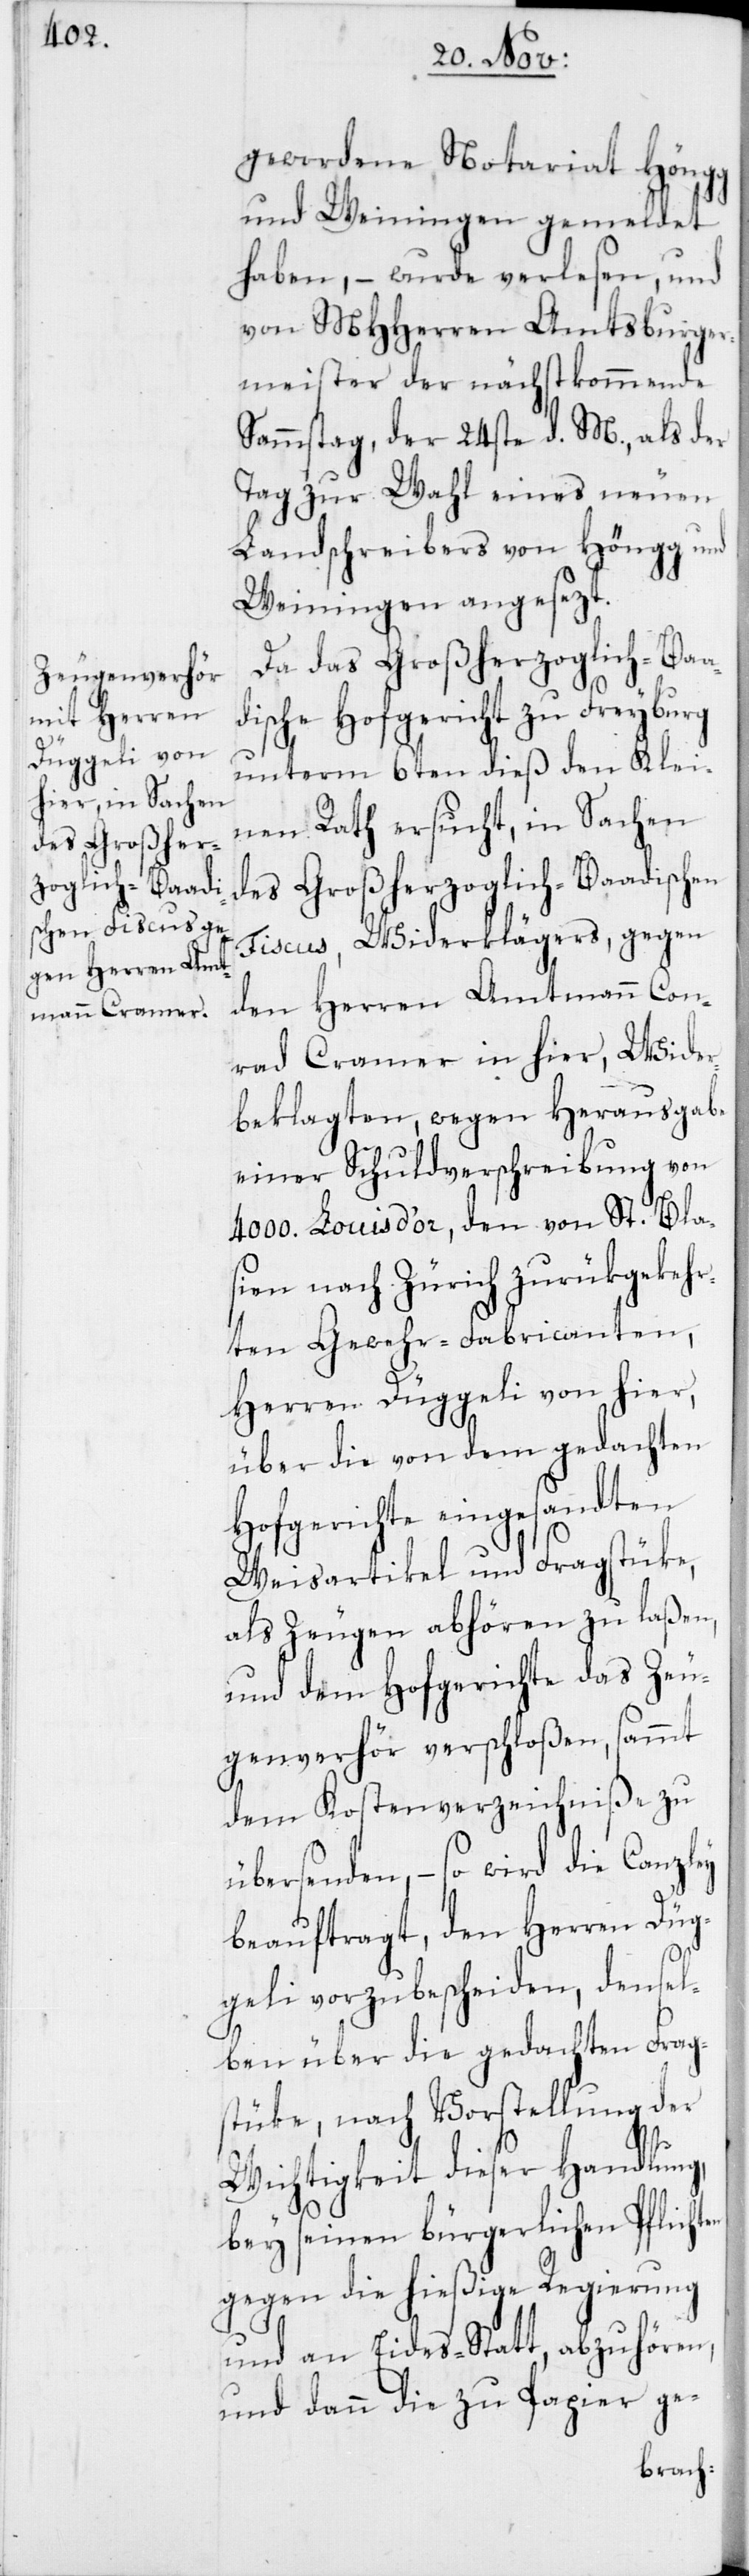
gewordene Notariat Höngg
und Weiningen gemeldet
haben, – wurde verlesen, und
von MHHerren Amtsburger¬
meister der nächstkommende
Sammstag, der 24ste d. M., als der
Tag zur Wahl eines neuen
Landschreibers von Höngg und
Weiningen angesezt.
Da das Großherzoglich-Baa¬
dische Hofgericht zu Freyburg
unterm 6ten dieß den Klei¬
nen Rath ersucht, in Sachen
des Großherzoglich-Baadischen
Fiscus, Widerklägers, gegen
den Herren Amtmann Con¬
Wider¬
rad Cramer in
beklagten, wegen Herausgabe
einer Schuldverschreibung von
4000. Louis d’or, den
sien nach Zürich zurükgeke¬
uhören,
ten Gewehr-Fab¬
Herren Düggeli von
über die von dem geda¬
ten
Hofgerichte eingesa¬
Weisartikel und Frag¬
als Zeugen abhör¬
und dem Hofgerichte d¬
sammt
genverhör verschloße¬
dem Kostenverzeichniße
Canz¬
übersenden, – so wird
beauftragt, den Herren
geli vorzubescheid¬
ben über die gedachten Frag¬
stüke, nach Vorstellung der
Wichtigkeit dieser Handlun¬
bey seinen bürgerlichen Pflichten
gegen die hießige Regierung
und an Eides-Statt, abz¬
Papier ge-
und dann die

zu